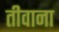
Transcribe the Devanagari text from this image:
तीवाना